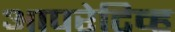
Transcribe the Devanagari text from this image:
आपरेटिव्ह